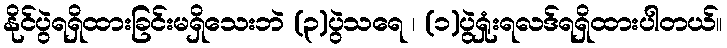
နိုင်ပွဲရရှိထားခြင်းမရှိသေးဘဲ (၃)ပွဲသရေ ၊ (၁)ပွဲရှုံးရလဒ်ရရှိထားပါတယ်။